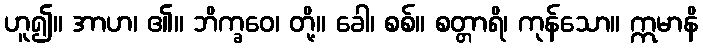
ဟူ၍။ အာဟ၊ ၏။ ဘိက္ခဝေ၊ တို့။ ခေါ၊ စစ်။ စတ္တာရိ၊ ကုန်သော။ ဣမာနိ